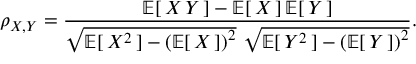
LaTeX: \rho _ { X , Y } = { \frac { \operatorname { \mathbb { E } } [ \, X \, Y \, ] - \operatorname { \mathbb { E } } [ \, X \, ] \operatorname { \mathbb { E } } [ \, Y \, ] } { { \sqrt { \operatorname { \mathbb { E } } [ \, X ^ { 2 } \, ] - \left( \operatorname { \mathbb { E } } [ \, X \, ] \right) ^ { 2 } } } ~ { \sqrt { \operatorname { \mathbb { E } } [ \, Y ^ { 2 } \, ] - \left( \operatorname { \mathbb { E } } [ \, Y \, ] \right) ^ { 2 } } } } } .